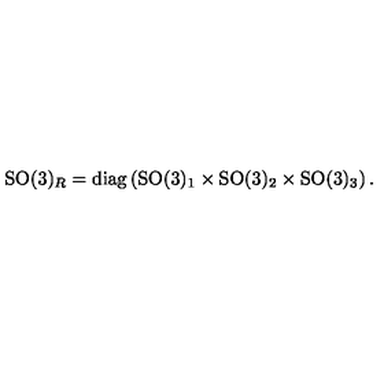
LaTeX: \mathrm { S O } ( 3 ) _ { R } = \mathrm { d i a g } \left( \mathrm { S O } ( 3 ) _ { 1 } \times \mathrm { S O } ( 3 ) _ { 2 } \times \mathrm { S O } ( 3 ) _ { 3 } \right) .